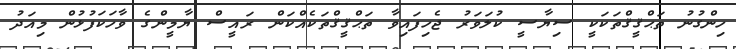
ހިންގުނު ތަޙްޤީޤްތަކަކީ ސިޔާސީ ކުލަވަރު ޖެހިފައިވާ ތަޙްޤީޤްތަކެއްކަން ރައީސް ޔާމީންގެ ވާހަކަފުޅުން މިއަދު